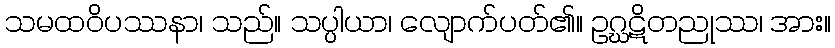
သမထဝိပဿနာ၊ သည်။ သပ္ပါယာ၊ လျောက်ပတ်၏။ ဥဂ္ဃဋိတညုဿ၊ အား။